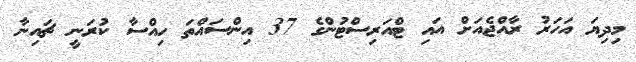
މިދިޔަ އަހަރު ރާއްޖެއަށް އައި ޓްއަރިސްޓުންގެ 37 އިންސައްތަ ހިއްސާ ކުރަނީ ޗައިނާ